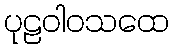
ပုဠဝါဝသထေ